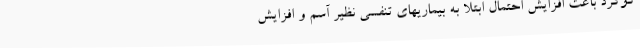
گوگرد باعث افزایش احتمال ابتلا به بیماریهای تنفسی نظیر آسم و افزایش